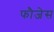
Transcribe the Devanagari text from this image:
फौजेस